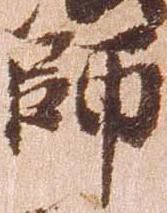
師